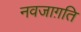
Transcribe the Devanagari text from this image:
नवजाग़ति